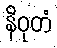
နိဝုတံ